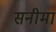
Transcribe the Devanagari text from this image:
सनीमा